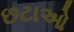
છટાઓ